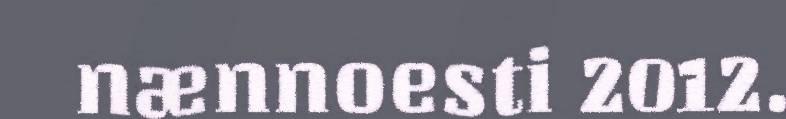
nænnoesti 2012.